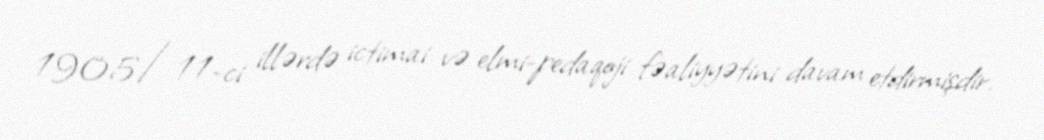
1905/11-ci illərdə ictimai və elmi-pedaqoji fəaliyyətini davam etdirmişdir.